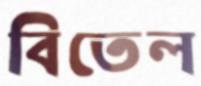
বিতেল